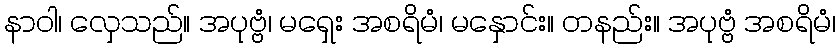
နာဝါ၊ လှေသည်။ အပုဗ္ဗံ၊ မရှေး အစရိမံ၊ မနှောင်း။ တနည်း။ အပုဗ္ဗံ အစရိမံ၊